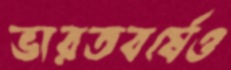
ভারতবর্ষেও